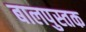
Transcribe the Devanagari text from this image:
बालपुस्तक